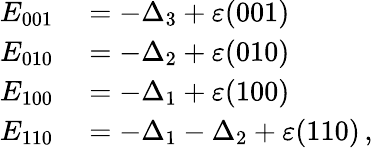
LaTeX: \begin{array}{rl}{E_{001}}&{{}=-\Delta_{3}+\varepsilon(001)}\\ {E_{010}}&{{}=-\Delta_{2}+\varepsilon(010)}\\ {E_{100}}&{{}=-\Delta_{1}+\varepsilon(100)}\\ {E_{110}}&{{}=-\Delta_{1}-\Delta_{2}+\varepsilon(110)\, ,}\end{array}